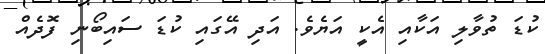
ކުޑަ ތުވާލި އަކާއި އެކީ އަޔެވެ. އަދި އޭގައި ކުޑަ ސައިބޯނި ފޮދެއް